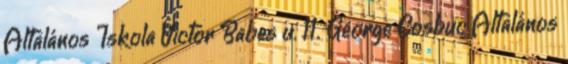
Általános Iskola Victor Babes u. 11. George Cosbuc Általános